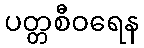
ပတ္တစီဝရေန